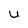
Character: u